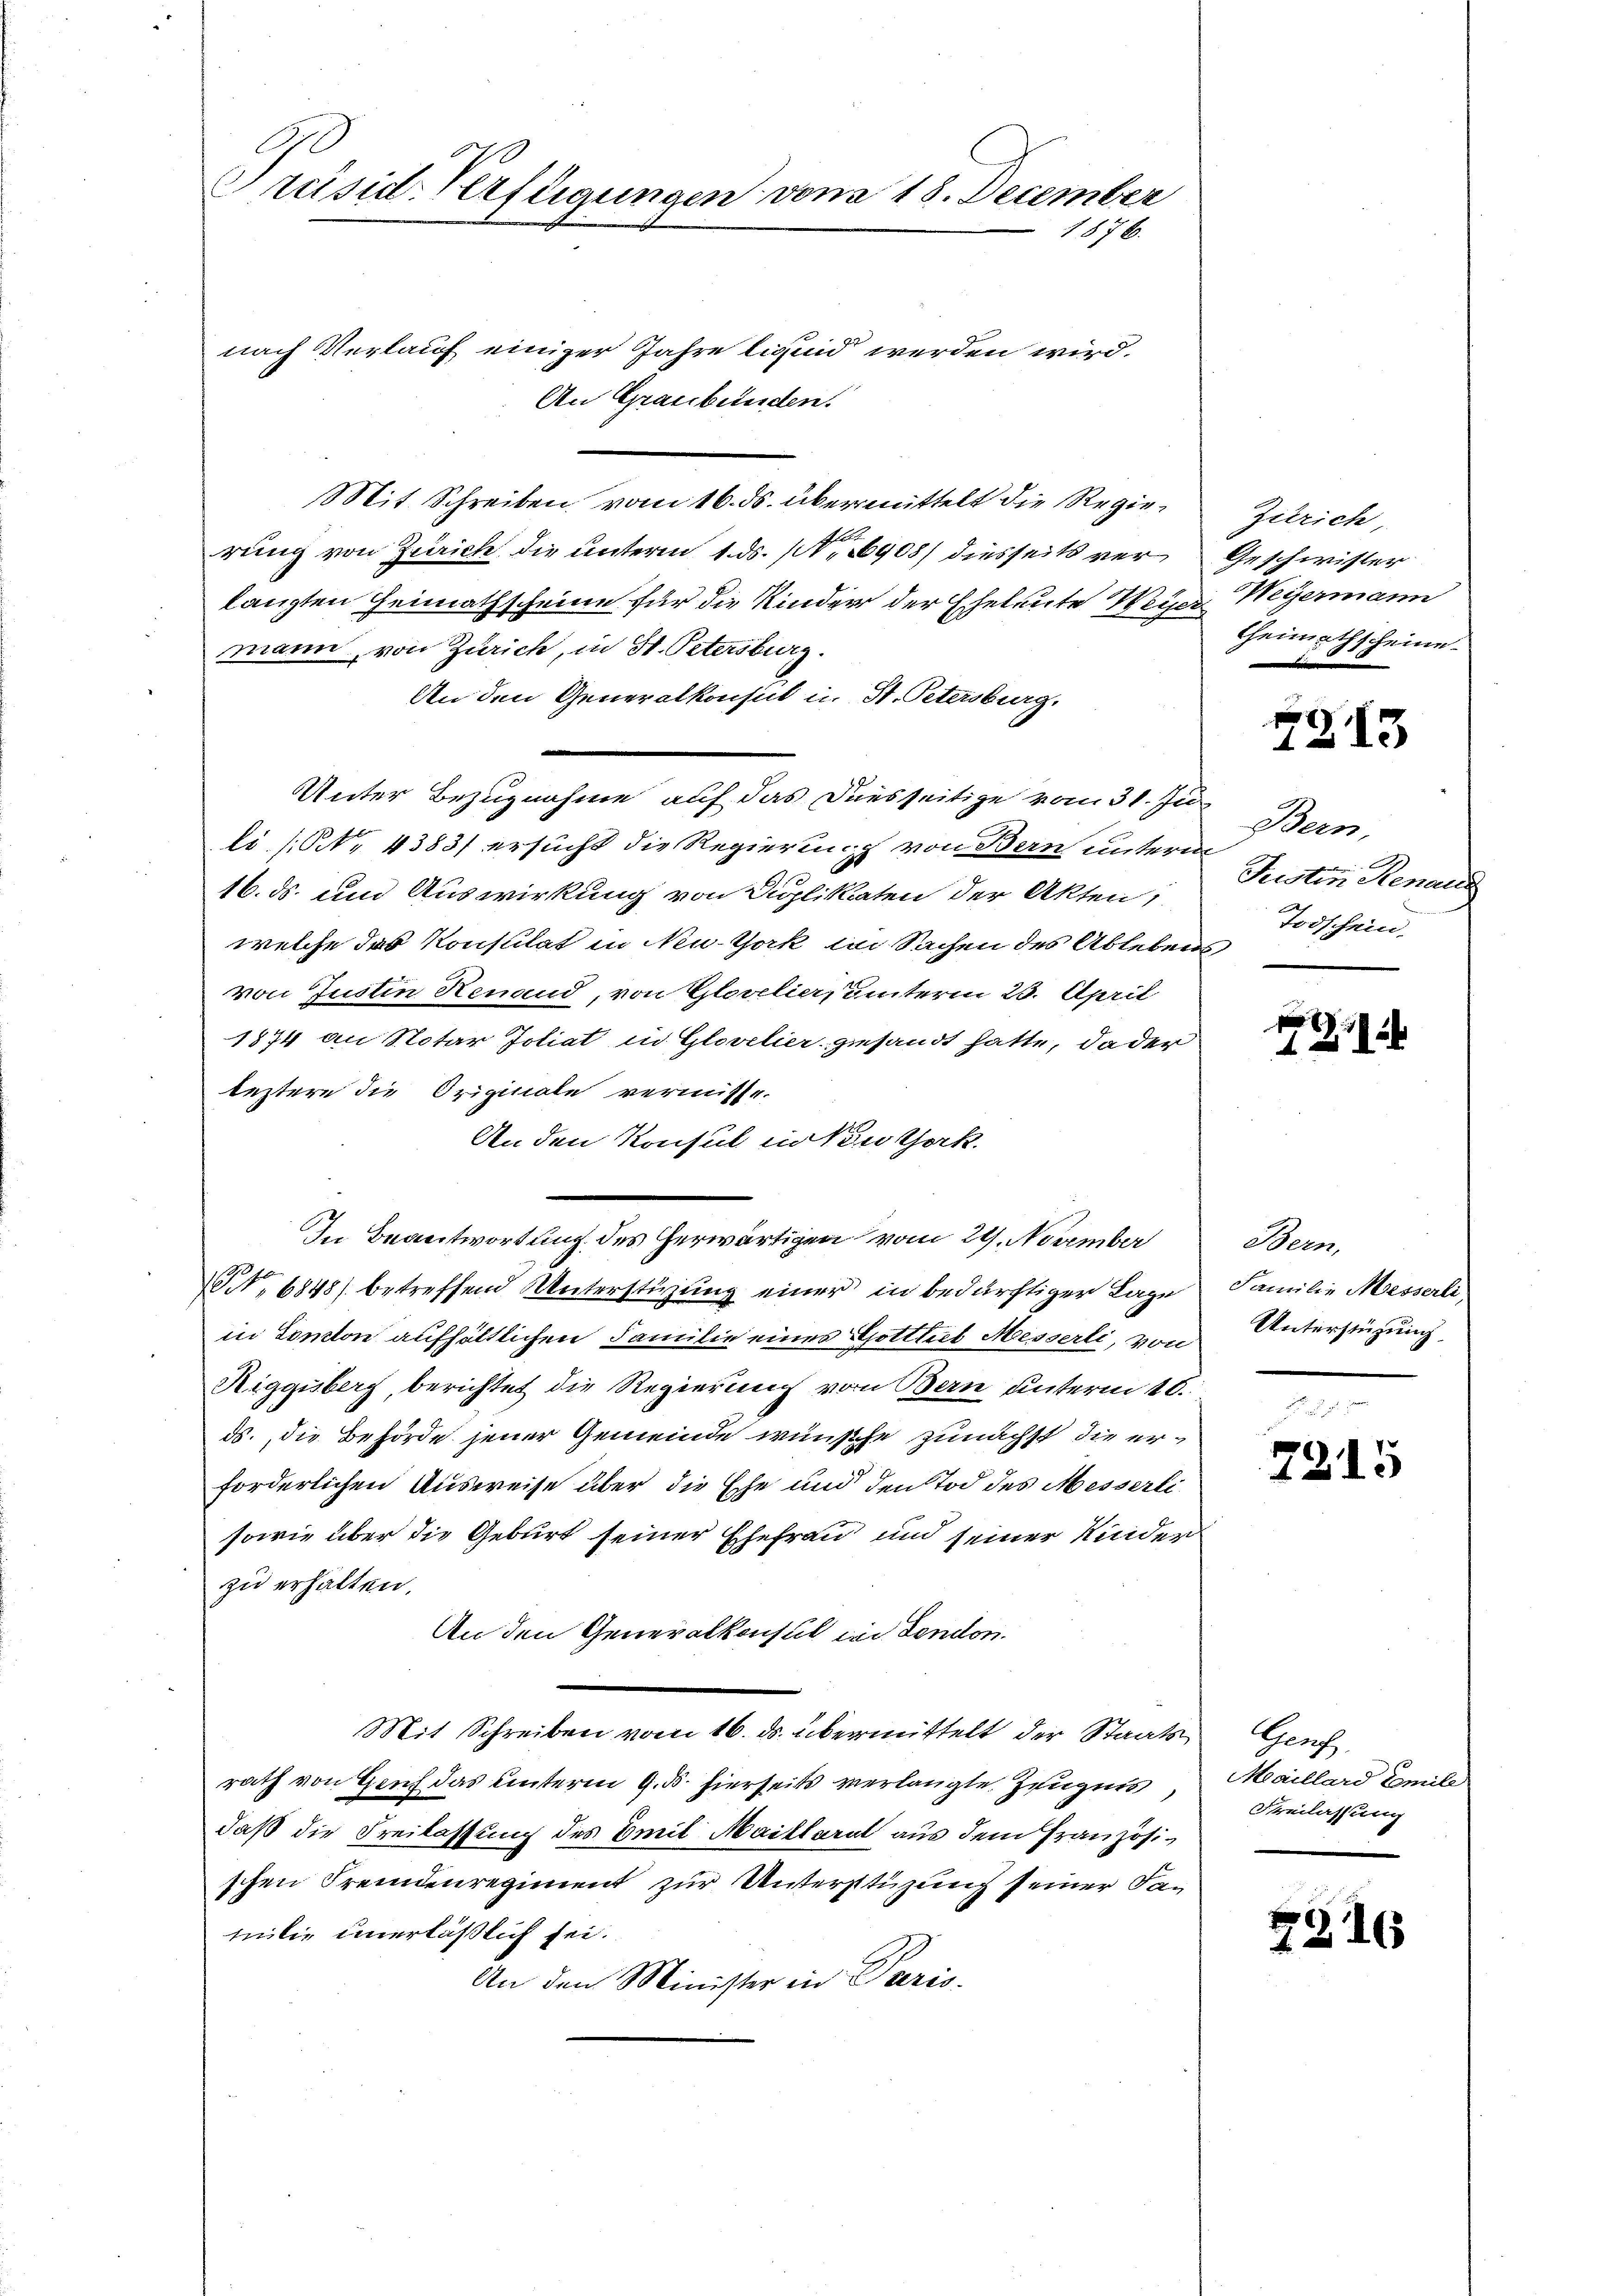
d
Präsid-Verfügungen vom 18. December
1876.

nach Verlauf einiger Jahre ligend werden wird.
An Graubünden.
Mit Schreiben vom 16. ds. übermittelt die Regierung von Zürich die unterm 1. ds. 1908/ diesseits verlanzten Heimathscheine für die Kinder der Eheleute Weyer. Weyermann
mann, von Zürich, in St. Petersburg.
An den Generalkonsul in St. Petersburg.
li (N. 4383/ ersucht die Regierung von Bern untere
16. ds. und Auswirkung von Duplikaten der Akten
welche das Konsulat in Neu-Gack in Sachen des Ableben
von Justin Renand, von Glovelier, unterm 23. April
1874 an Notar Jotiat in Glovelier gesandt hatte, da der
leztere die Originale vermisse.
An den Konsul in Kuthork
In Beantwortung des herwärtigen vom 29. November
NN. 6848) betreffend Unterstüzung einer in bedürftiger Lage
in Canton aufhältlichen Familie eines Gottlieb Messerli, von
Riggisberg, berichtet die Regierung von Bern unterm 10.
ds., die Behörde jener Gemeinde wünsche zunächst die erforderlichen Ausweise über die Ehe und den Tod des Messerli¬
sowie über die Geburt seiner Ehefrau und seiner Kinder
zu erhalten.
An den Generalkonsul in dendon.
Mit Schreiben vom 16. ds. übermittelt der Staatsrath von Geich das unterm 9. d. hierseits verlangte Zeugnis,
daß die Freilassung des mit Maillarat aus dem Französischen Fremdenregiment zur Unterstüzung seiner Samilie unerläßlich sei.
An den Minister in Paris.

Unter Bezugnahme auf das Diesseitige vom 31. Ju

Zürich,
Geschwister
Heimathscheine

4213

Bern,
Susten Renaus
Todschein

1

Bern,
Familie Messerli,
Unterstüzung

7215

Genf
Meaillard Emili
Freilassung

7216